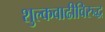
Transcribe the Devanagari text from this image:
शुल्कवाढीविरुद्ध